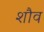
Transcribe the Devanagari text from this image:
शौव